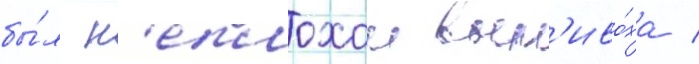
бы́л н'еплохои вып'иво́ха /